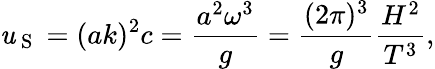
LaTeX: \mathit{u}_{\mathrm{{~S~}}}=(ak)^{2}c=\frac{{a^{2}\omega^{3}}}{{g}}=\frac{{(2\pi)^{3}}}{{g}}\frac{{H^{2}}}{{T^{3}}},